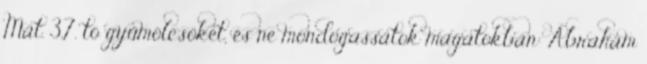
Mát. 3,7. tó gyümölcsöket, és ne mondogassátok magatokban: Ábrahám